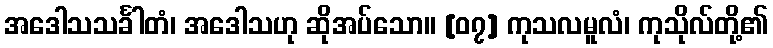
အဒေါသသင်္ခါတံ၊ အဒေါသဟု ဆိုအပ်သော။ [၀၇] ကုသလမူလံ၊ ကုသိုလ်တို့၏